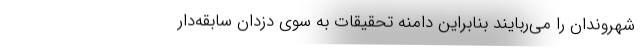
شهروندان را می‌ربایند بنابراین دامنه تحقیقات به سوی دزدان سابقه‌دار